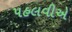
પહલવીએ